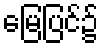
မြေပြင်၌